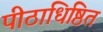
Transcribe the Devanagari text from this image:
पीठाधिष्ठित